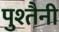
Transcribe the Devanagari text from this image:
पुश्‍तैनी